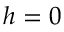
h = 0